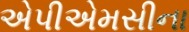
એપીએમસીના